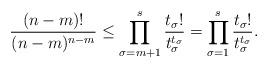
LaTeX: \begin{align*}\frac{(n-m)!}{(n-m)^{n-m}} \leq \prod_{\sigma = m+1}^s \frac{t_\sigma!}{t_\sigma^{t_\sigma}} = \prod_{\sigma = 1}^s \frac{t_\sigma!}{t_\sigma^{t_\sigma}}.\end{align*}